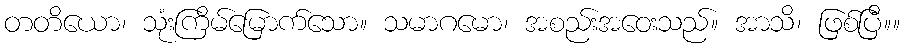
တတိယော၊ သုံးကြိမ်မြောက်သော။ သမာဂမော၊ အစည်းအဝေးသည်။ အာသိ၊ ဖြစ်ပြီ။။